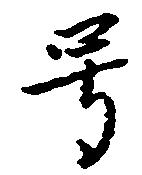
号